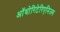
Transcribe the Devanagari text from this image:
ऑथोरिटेरिएनिज्म